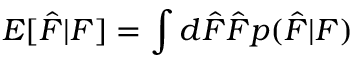
E [ \hat { F } | F ] = \int d \hat { F } \hat { F } p ( \hat { F } | F )